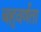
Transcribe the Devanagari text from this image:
बहुवर्णता